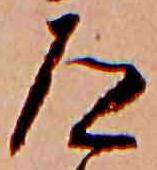
道